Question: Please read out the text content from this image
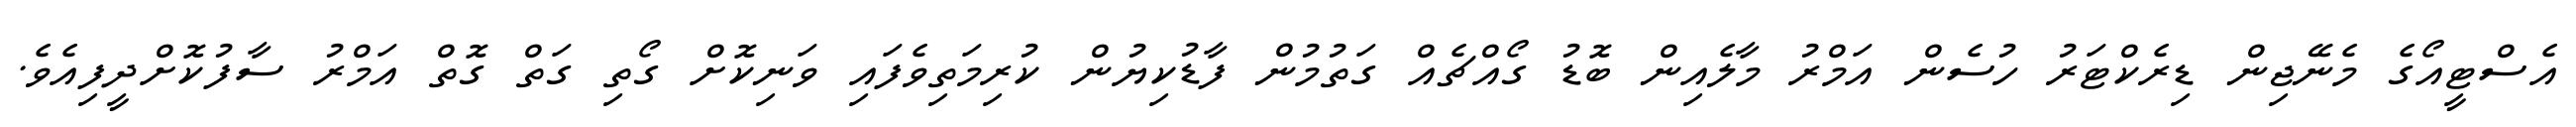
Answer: އެސްޓީއޯގެ މެނޭޖިން ޑިރެކްޓަރު ހުސެން އަމްރު މާލެއިން ބޮޑު ގޯއްޗެއް ގަތުމުން ފާޑުކިޔުން ކުރިމަތިވެފައި ވަނިކޮށް ގޯތި ގަތް ގޮތް އަމްރު ސާފުކޮށްދީފިއެވެ.